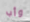
وأب